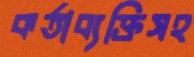
কর্তাব্যক্তিসহ